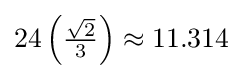
24\left({\tfrac {\sqrt {2}}{3}}\right)\approx 11.314